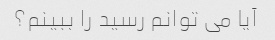
آیا می توانم رسید را ببینم؟